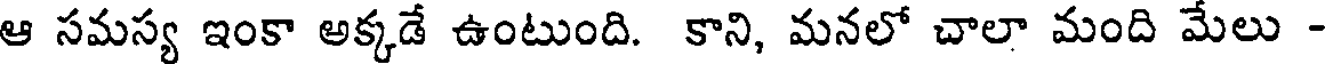
ఆ సమస్య ఇంకా అక్కడే ఉంటుంది. కాని, మనలో చాలా మంది మేలు -